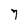
Character: 7